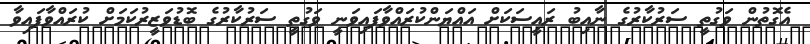
އެގޮތުން ވަގުތީ ސަރުކާރުގެ ނާއިބު ރައީސަކަށް އައްޔަންކުރައްވާފައިވަނީ ވަގުތީ ސަރުކާރުގެ ބޮޑުވަޒީރުކަމަށް ކުރައްވާފައިވާ